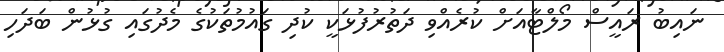
ނައިބު ރައީސް މޯލްޓާއަށް ކުރެއްވި ދަތުރުފުޅަކީ ކުދި ގައުމުތަކުގެ މެދުގައި ގުޅުން ބަދަހި